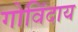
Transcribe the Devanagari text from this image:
गोविंदाय